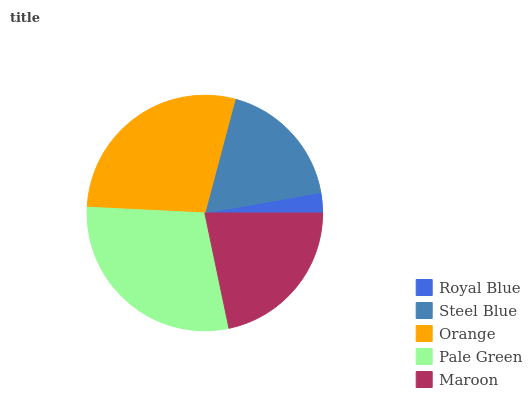
| Royal Blue | Steel Blue | Orange | Pale Green | Maroon |
 | --- | --- | --- | --- | --- |
 | 2.78% | 18.1% | 28.3% | 29.1% | 21.6% |